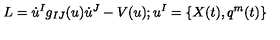
L = \dot { u } ^ { I } g _ { I J } ( u ) \dot { u } ^ { J } - V ( u ) ; u ^ { I } = \{ X ( t ) , q ^ { m } ( t ) \}